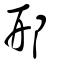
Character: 邢